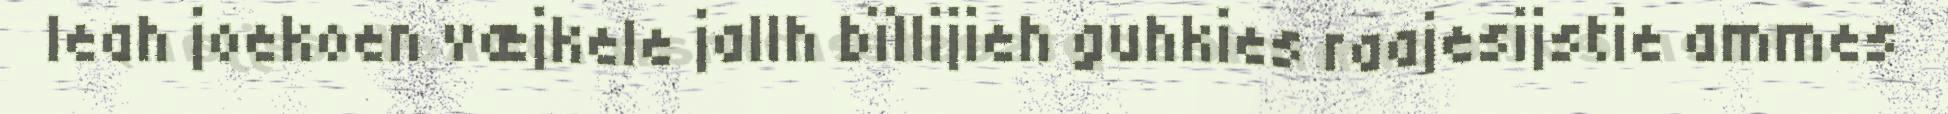
leah joekoen væjkele jallh bïllijieh guhkies raajesijstie ammes